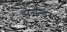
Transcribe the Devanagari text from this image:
डोनॉल्डसन